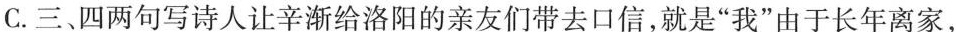
C.三、四两句写诗人让辛渐给洛阳的亲友们带去口信，就是”我”由于长年离家，